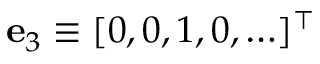
\mathbf { e } _ { 3 } \equiv [ 0 , 0 , 1 , 0 , \ldots ] ^ { \top }